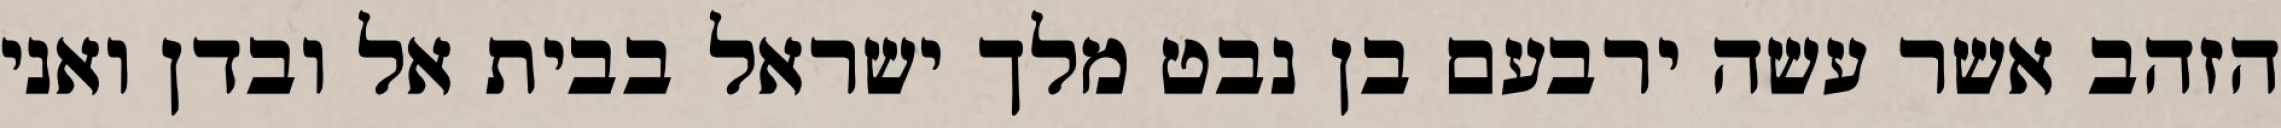
הזהב אשר עשה ירבעם בן נבט מלך ישראל בבית אל ובדן ואני